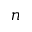
n